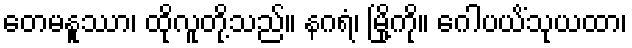
တေမနူဿာ၊ ထိုလူတို့သည်။ နဂရံ၊ မြို့ကို။ ဂေါပယိံသုယထာ၊